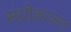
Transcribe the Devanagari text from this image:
संधीकाळात